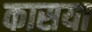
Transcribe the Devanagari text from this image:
कासया